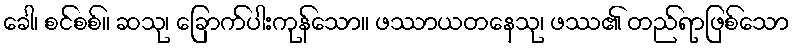
ခေါ၊ စင်စစ်။ ဆသု၊ ခြောက်ပါးကုန်သော။ ဖဿာယတနေသု၊ ဖဿ၏ တည်ရာဖြစ်သော